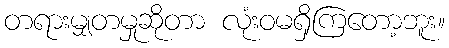
တရားမျှတမှုဆိုတာ လုံးဝမရှိကြတော့ဘူး။